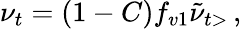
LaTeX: \nu_{t}=(1-C)f_{v1}\tilde{\nu}_{t>}\, ,